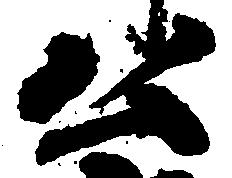
公